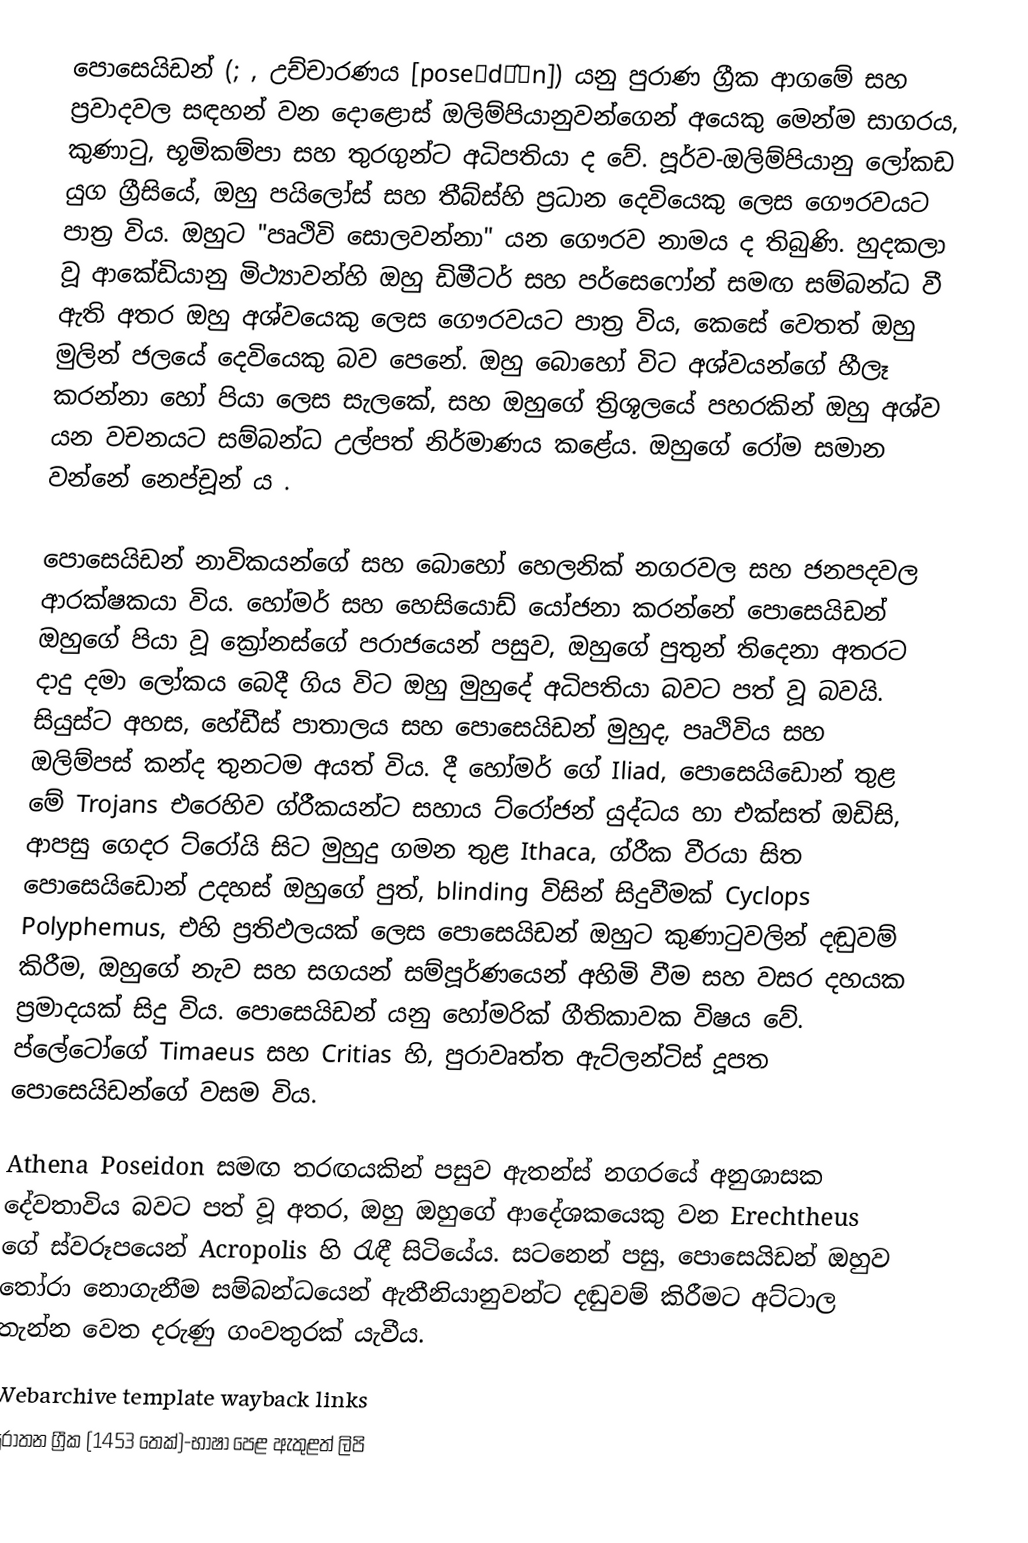
පොසෙයිඩන් (;    , උච්චාරණය [poseːdɔ̂ːn]) යනු පුරාණ ග්‍රීක ආගමේ සහ ප්‍රවාදවල සඳහන් වන දොළොස් ඔලිම්පියානුවන්ගෙන් අයෙකු මෙන්ම සාගරය, කුණාටු, භූමිකම්පා සහ තුරගුන්ට අධිපතියා ද වේ. පූර්ව-ඔලිම්පියානු ලෝකඩ යුග ග්‍රීසියේ, ඔහු පයිලෝස් සහ තීබ්ස්හි ප්‍රධාන දෙවියෙකු ලෙස ගෞරවයට පාත්‍ර විය. ඔහුට "පෘථිවි සොලවන්නා" යන ගෞරව නාමය ද තිබුණි. හුදකලා වූ ආකේඩියානු මිථ්‍යාවන්හි ඔහු ඩිමීටර් සහ පර්සෙෆෝන් සමඟ සම්බන්ධ වී ඇති අතර ඔහු අශ්වයෙකු ලෙස ගෞරවයට පාත්‍ර විය, කෙසේ වෙතත් ඔහු මුලින් ජලයේ දෙවියෙකු බව පෙනේ.  ඔහු බොහෝ විට අශ්වයන්ගේ හීලෑ කරන්නා හෝ පියා ලෙස සැලකේ,  සහ ඔහුගේ ත්‍රිශූලයේ පහරකින් ඔහු අශ්ව යන වචනයට සම්බන්ධ උල්පත් නිර්මාණය කළේය.  ඔහුගේ රෝම සමාන වන්නේ නෙප්චූන් ය .

පොසෙයිඩන් නාවිකයන්ගේ සහ බොහෝ හෙලනික් නගරවල සහ ජනපදවල ආරක්ෂකයා විය. හෝමර් සහ හෙසියොඩ් යෝජනා කරන්නේ පොසෙයිඩන් ඔහුගේ පියා වූ ක්‍රෝනස්ගේ පරාජයෙන් පසුව, ඔහුගේ පුතුන් තිදෙනා අතරට දාදු දමා ලෝකය බෙදී ගිය විට ඔහු මුහුදේ අධිපතියා බවට පත් වූ බවයි. සියුස්ට අහස, හේඩීස් පාතාලය සහ පොසෙයිඩන් මුහුද, පෘථිවිය සහ ඔලිම්පස් කන්ද තුනටම අයත් විය.   දී හෝමර් ගේ Iliad, පොසෙයිඩොන් තුළ මේ Trojans එරෙහිව ග්රීකයන්ට සහාය ට්රෝජන් යුද්ධය හා එක්සත් ඔඩිසි, ආපසු ගෙදර ට්රෝයි සිට මුහුදු ගමන තුළ Ithaca, ග්රීක වීරයා සිත පොසෙයිඩොන් උදහස් ඔහුගේ පුත්, blinding විසින් සිදුවීමක් Cyclops Polyphemus, එහි ප්‍රතිඵලයක් ලෙස පොසෙයිඩන් ඔහුට කුණාටුවලින් දඬුවම් කිරීම, ඔහුගේ නැව සහ සගයන් සම්පූර්ණයෙන් අහිමි වීම සහ වසර දහයක ප්‍රමාදයක් සිදු විය. පොසෙයිඩන් යනු හෝමරික් ගීතිකාවක විෂය වේ. ප්ලේටෝගේ Timaeus සහ Critias හි, පුරාවෘත්ත ඇට්ලන්ටිස් දූපත පොසෙයිඩන්ගේ වසම විය.

Athena Poseidon සමඟ තරඟයකින් පසුව ඇතන්ස් නගරයේ අනුශාසක දේවතාවිය බවට පත් වූ අතර, ඔහු ඔහුගේ ආදේශකයෙකු වන Erechtheus ගේ ස්වරූපයෙන් Acropolis හි රැඳී සිටියේය. සටනෙන් පසු, පොසෙයිඩන් ඔහුව තෝරා නොගැනීම සම්බන්ධයෙන් ඇතීනියානුවන්ට දඬුවම් කිරීමට අට්ටාල තැන්න වෙත දරුණු ගංවතුරක් යැවීය.
Webarchive template wayback links
පුරාතන ග්‍රීක (1453 තෙක්)-භාෂා පෙළ ඇතුළත් ලිපි